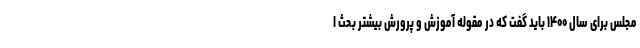
مجلس برای سال ۱۴۰۰ باید گفت که در مقوله آموزش و پرورش بیشتر بحث ا